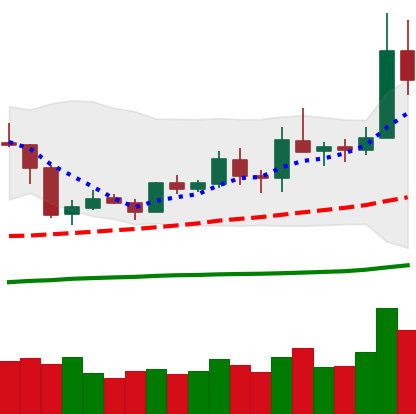
Ticker: ETH-USD
Chart end date: 2019-05-12
Forward return: 30.129%
Label: up_7plus